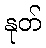
နုတ်